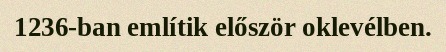
1236-ban említik először oklevélben.